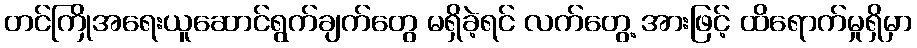
တင်ကြိုအရေးယူဆောင်ရွက်ချက်တွေ မရှိခဲ့ရင် လက်တွေ့ အားဖြင့် ထိရောက်မှုရှိမှာ